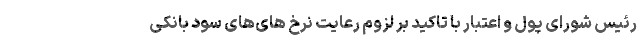
رئیس شورای پول و اعتبار با تاکید بر لزوم رعایت نرخ های‌های سود بانکی